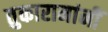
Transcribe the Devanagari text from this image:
तुकारामांनीं